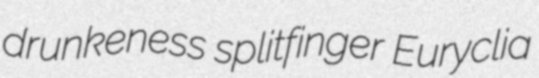
drunkeness splitfinger Euryclia